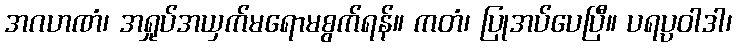
အဂဟဏံ၊ အရှုပ်အယှက်မရောမစွက်ရန်။ ကတံ၊ ပြုအပ်ပေပြီ။ ပရပ္ပဝါဒါ၊